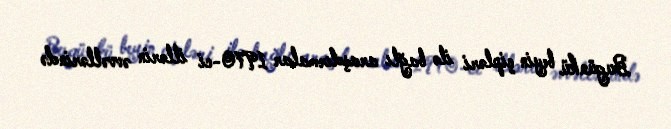
Bugünkü beyin çipləri ilə bağlı araşdırmalar 1970-ci illərin əvvəllərində